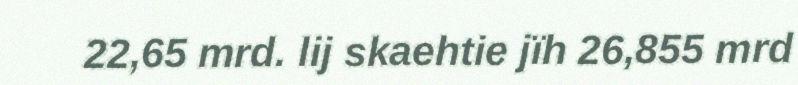
22,65 mrd. lij skaehtie jïh 26,855 mrd